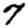
Digit: 7